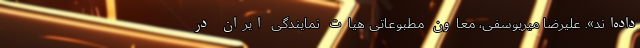
داده‌اند». علیرضا میریوسفی، معاون مطبوعاتی هیات نمایندگی ایران در